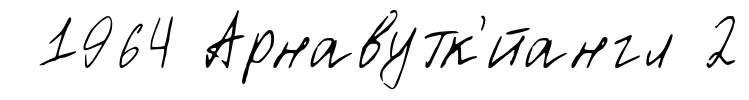
1964 Арнавутк'́йангл 2